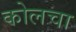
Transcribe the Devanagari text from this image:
कोलचा